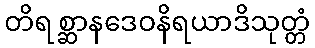
တိရစ္ဆာနဒေဝနိရယာဒိသုတ္တံ